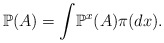
\begin{align*}\mathbb{P}(A)={\displaystyle\int}\mathbb{P}^{x}(A)\pi(dx). \end{align*}